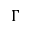
\boldsymbol { \Gamma }